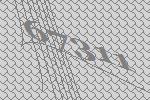
67311